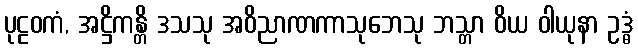
ပုဠဝကံ, အဋ္ဌိကန္တိ ဒသသု အဝိညာဏကာသုဘေသု ဘသ္တာ ဝိယ ဝါယုနာ ဥဒ္ဓံ